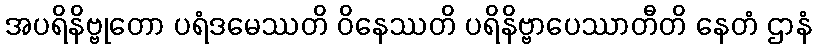
အပရိနိဗ္ဗုတော ပရံဒမေဿတိ ဝိနေဿတိ ပရိနိဗ္ဗာပေဿာတီတိ နေတံ ဌာနံ